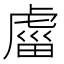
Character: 𧇄